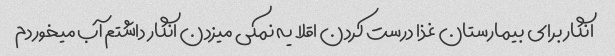
انگار برای بیمارستان غذا درست کردن اقلا یه نمکی میزدن انگار داشتم آب میخوردم